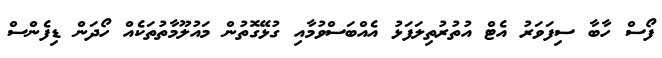
ފޯސް ހާބާ ސިފަވަރު އެޓް އުތުރުތިލަފަޅު އެއްބަސްވުމާއި ގުޅޭގޮތުން މައުލޫމާތުތަކެއް ހޯދަން ޑިފެންސް